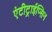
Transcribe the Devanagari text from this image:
एंटीट्राईप्सिन